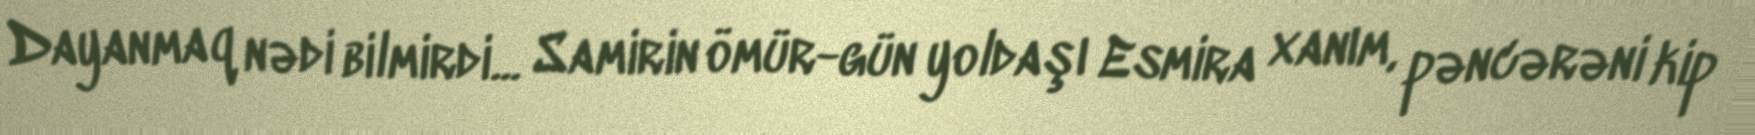
Dayanmaq nədi bilmirdi... Samirin ömür-gün yoldaşı Esmira xanım, pəncərəni kip